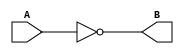
`timescale 1ns / 1ps
//////////////////////////////////////////////////////////////////////////////////
// desciprtion: behavior of a notGATE
//////////////////////////////////////////////////////////////////////////////////


module NOT_GATE(
    input A,
    output B
    );
    not(B , A);
endmodule